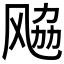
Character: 𱃚